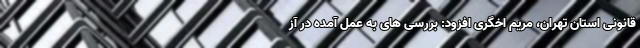
قانونی استان تهران، مریم اخگری افزود: بررسی های به عمل آمده در آز